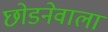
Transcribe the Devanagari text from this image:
छोडनेवाला